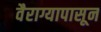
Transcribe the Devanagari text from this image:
वैराग्यापासून